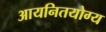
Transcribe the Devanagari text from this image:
आयनितयोग्य